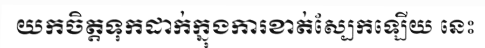
យកចិត្តទុកដាក់ក្នុងការខាត់ស្បែកឡើយ នេះ